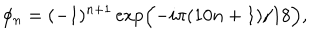
\phi _ { n } = ( - 1 ) ^ { n + 1 } \exp \Bigl ( - i \pi ( 1 0 n + 1 ) / 1 8 \Bigr ) ,